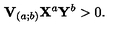
\mathbf { V } _ { ( a ; b ) } \mathbf { X } ^ { a } \mathbf { Y } ^ { b } > 0 .